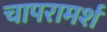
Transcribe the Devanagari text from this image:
चापरामर्श